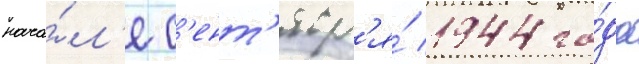
нача́л'е с'ент'ябр'я́ 1944 го́да